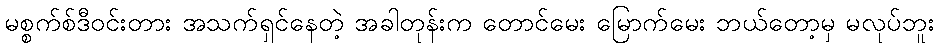
မစ္စက်စ်ဒီဝင်းတား အသက်ရှင်နေတဲ့ အခါတုန်းက တောင်မေး မြောက်မေး ဘယ်တော့မှ မလုပ်ဘူး